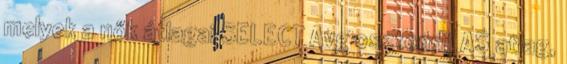
melyek a nők átlagai SELECT Avg osztondij AS atlag,